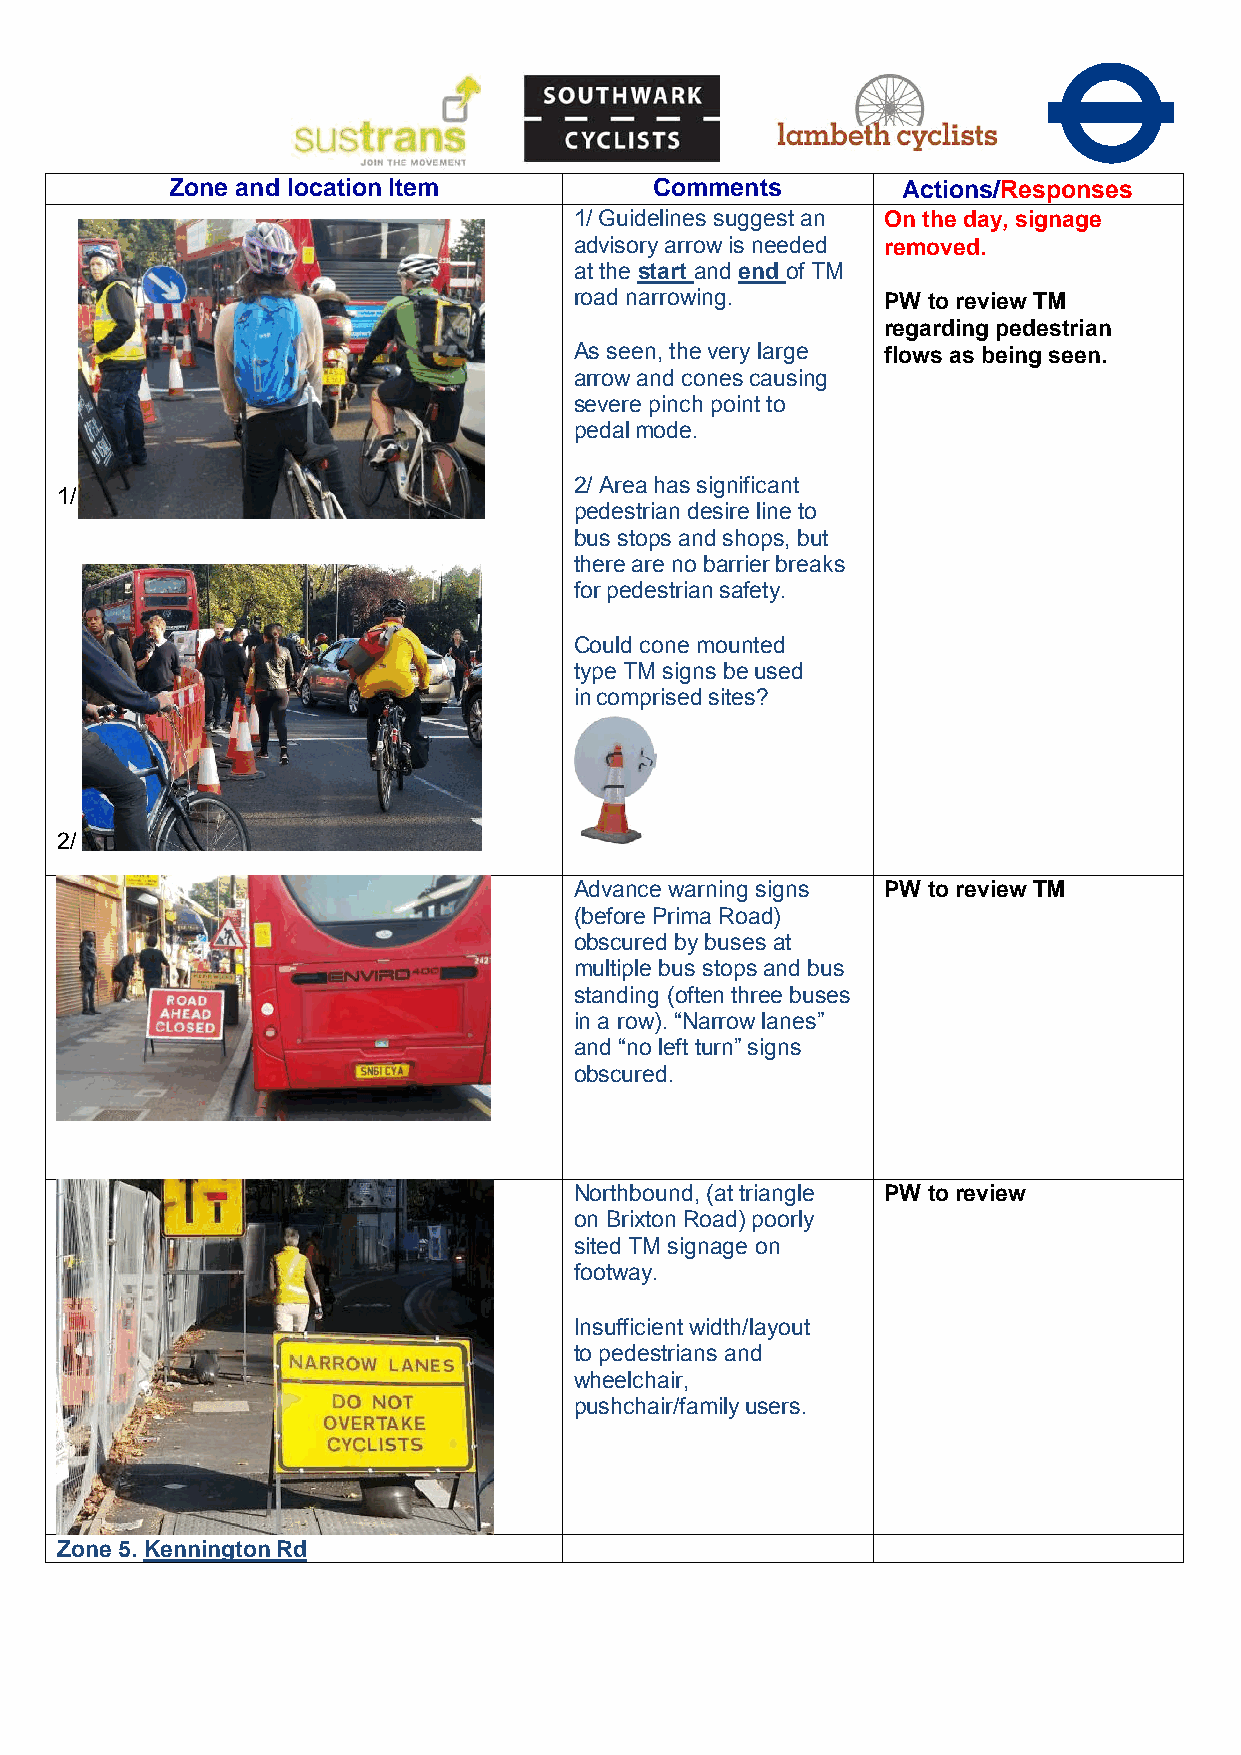
Zone and location Item          Comments         Actions/Responses
 1/ Guidelines suggest an On the day, signage
 advisory arrow is needed removed.
 at the start and end of TM
 road narrowing.      PW to review TM
 regarding pedestrian
 As seen, the very large flows as being seen.
 arrow and cones causing
 severe pinch point to
 pedal mode.
 2/ Area has significant
 1/
 pedestrian desire line to
 bus stops and shops, but
 there are no barrier breaks
 for pedestrian safety.
 Could cone mounted
 type TM signs be used
 in comprised sites?
 2/
 Advance warning signs PW to review TM
 (before Prima Road)
 obscured by buses at
 multiple bus stops and bus
 standing (often three buses
 in a row). “Narrow lanes”
 and “no left turn” signs
 obscured.
 Northbound, (at triangle PW to review
 on Brixton Road) poorly
 sited TM signage on
 footway.
 Insufficient width/layout
 to pedestrians and
 wheelchair,
 pushchair/family users.
 Zone 5. Kennington Rd